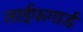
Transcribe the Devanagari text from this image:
लाईफगार्ड